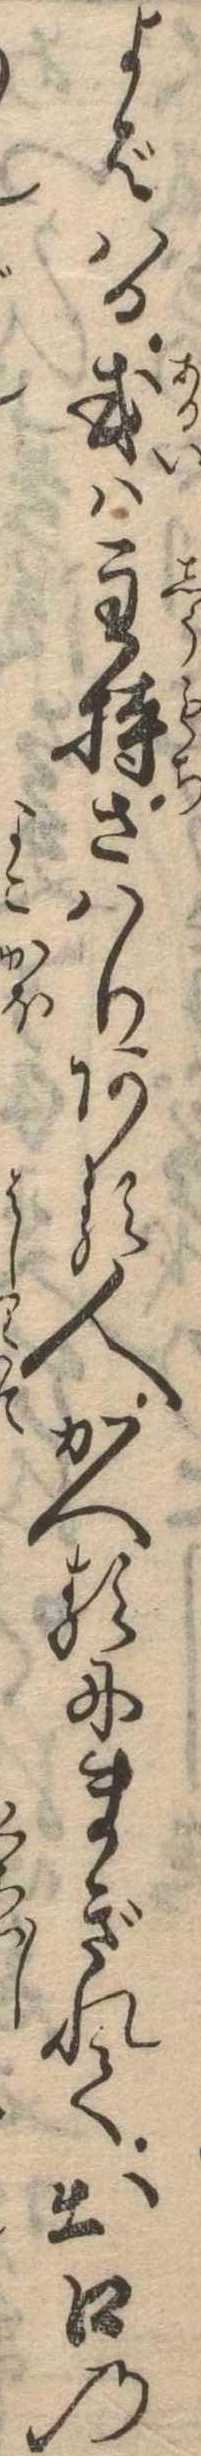
よばはる或は主持さはりある人かへるにまぎれて出口の